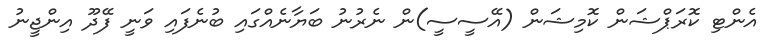
އެންޓި ކޮރަޕްޝަން ކޮމިޝަން (އޭސީސީ)ން ނެރުނު ބަޔާނެއްގައި ބުނެފައި ވަނީ ފޭދޫ އިންޖީނު